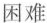
困难